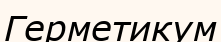
Герметикум